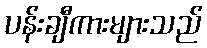
ပန်းချီကားများသည်